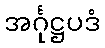
အင်္ဂုဋ္ဌပဒံ